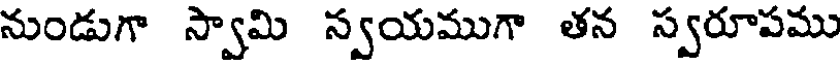
నుండుగా స్వామి స్వయముగా తన స్వరూపము